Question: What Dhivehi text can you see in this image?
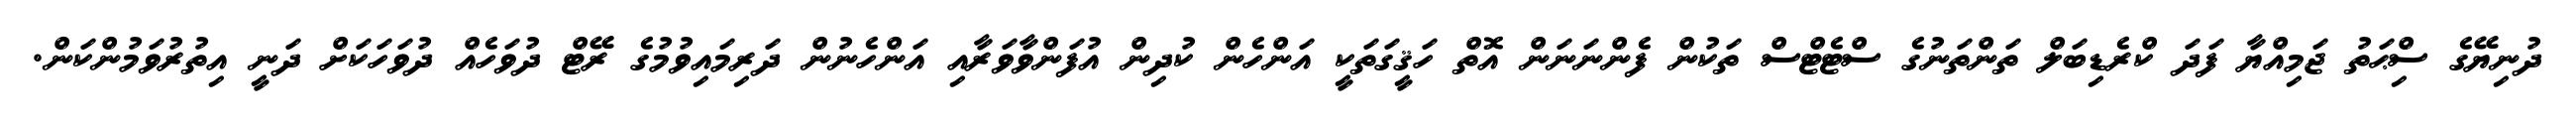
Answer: ދުނިޔޭގެ ސިްޙަތު ޖަމިއްޔާ ފަދަ ކްރެޑިބަލް ތަންތަނުގެ ސްޓެޓްސް ތަކުން ފެންނަނަން އޮތް ހަޤީގަތަކީ އަންހެން ކުދިން އުފަންވާވަރާއި އަންހެނުން ދަރިމައިވުމުގެ ރޭޓް ދުވަހެއް ދުވަހަކަށް ދަނީ އިތުރުވަމުންކަން.